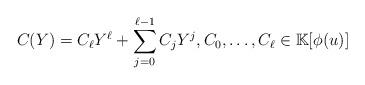
LaTeX: \begin{align*}C(Y)=C_\ell Y^\ell+\sum _{j=0}^{\ell-1}C_jY^j,C_0,\ldots ,C_\ell\in \mathbb{K}[\phi ( u)]\end{align*}